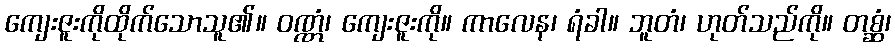
ကျေးဇူးကိုထိုက်သောသူ၏။ ဝဏ္ဏံ၊ ကျေးဇူးကို။ ကာလေန၊ ရံခါ။ ဘူတံ၊ ဟုတ်သည်ကို။ တစ္ဆံ၊